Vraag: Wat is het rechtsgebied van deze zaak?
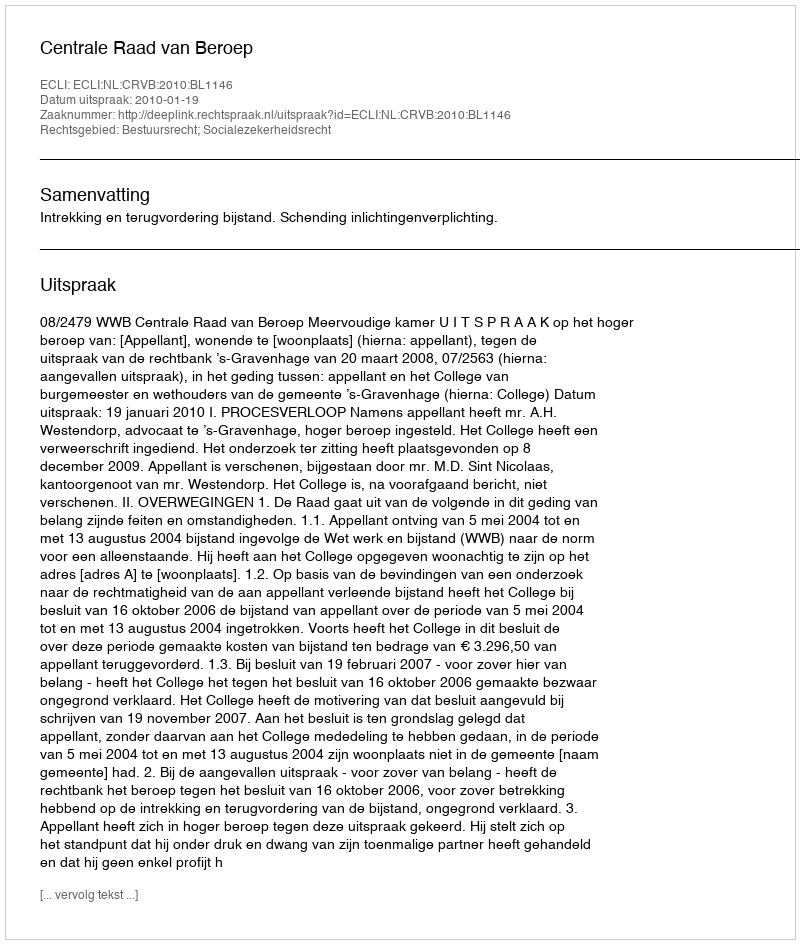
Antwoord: Bestuursrecht; Socialezekerheidsrecht